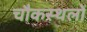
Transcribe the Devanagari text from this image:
चौकस्थलों